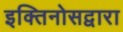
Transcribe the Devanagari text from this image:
इक्तिनोसद्वारा